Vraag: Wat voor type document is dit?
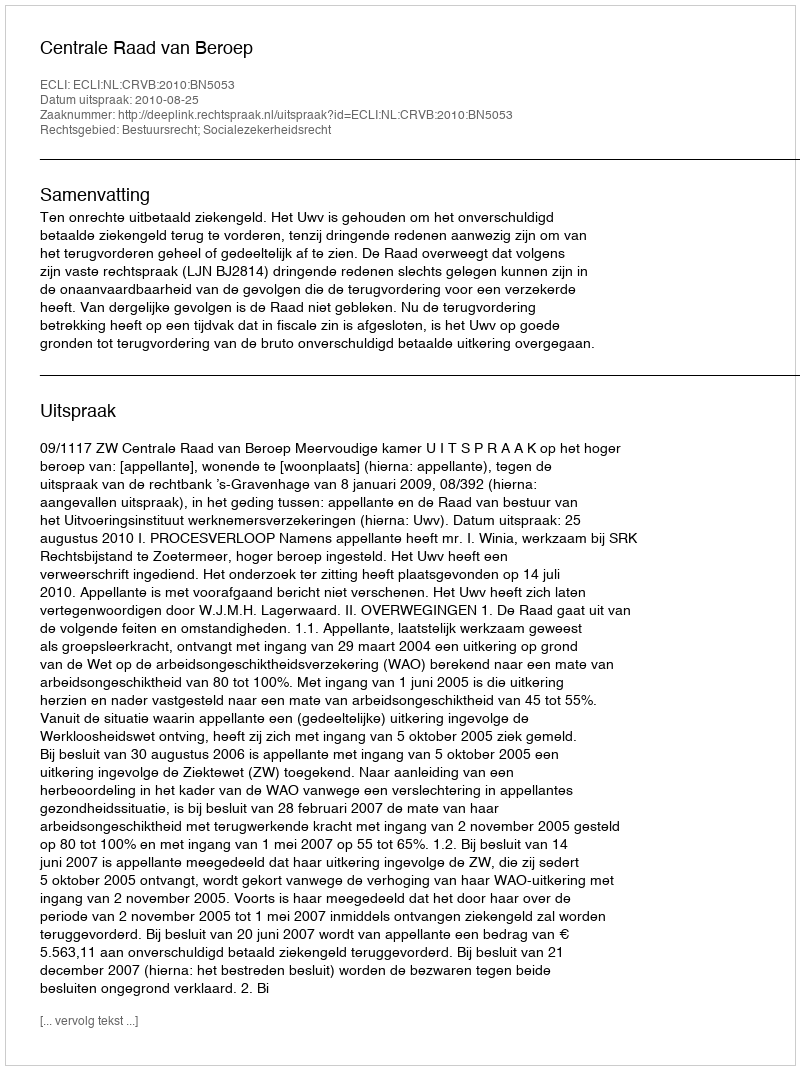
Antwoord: Uitspraak